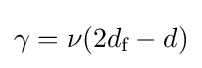
\gamma =\nu (2d_{\text{f}}-d)\,\!